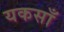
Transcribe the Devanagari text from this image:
यकसाँ